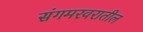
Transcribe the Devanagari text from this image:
संगमरवरातील